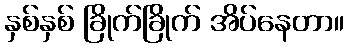
နှစ်နှစ် ခြိုက်ခြိုက် အိပ်နေတာ။